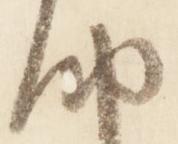
納